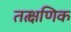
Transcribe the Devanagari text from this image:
तत्क्षणिक